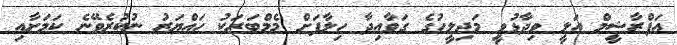
އަފްރާޝީމް އަލީ ވިދާޅުވީ މަޖިލީހުގެ ގަވާއިދާ ހިލާފަށް މެމްބަރަކު ހައްޔަރު ނުކުރެވޭނެ ކަމަށާއި